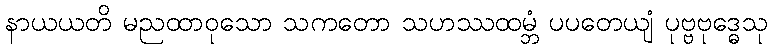
နာယယတိ မညထာဝုသော သကတော သဟဿထမ္ဘံ ပပတေယျံ ပုဗ္ဗဗုဒ္ဓေသု